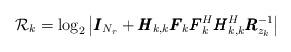
LaTeX: \begin{align*}\mathcal{R}_k = \log _2\left| \pmb{I}_{N_r} + \pmb{H}_{k,k}\pmb{F}_k\pmb{F}_k^H\pmb{H}_{k,k}^H\pmb{R}_{z_k}^{-1} \right|\end{align*}